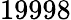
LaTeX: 19998